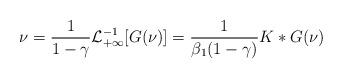
LaTeX: \begin{align*}\nu=\frac{1}{1-\gamma} \mathcal L^{-1}_{+\infty}[G(\nu)]=\frac{1}{\beta_1(1-\gamma)} K\ast G(\nu)\end{align*}